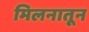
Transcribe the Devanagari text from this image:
मिलनातून